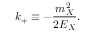
k _ { + } \equiv - \frac { m _ { X } ^ { 2 } } { 2 E _ { X } } .